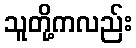
သူတို့ကလည်း